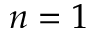
n = 1